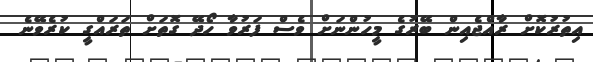
އިތުރުކޮށް ރާއްޖެއިން ބޭރުގެ މީހުންނަށް ވެސް ފަރުވާ ހޯދޭ ގޮތަށް ތަރައްގީ ކުރެވޭނެ